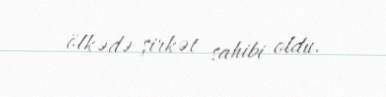
ölkədə şirkət sahibi oldu.